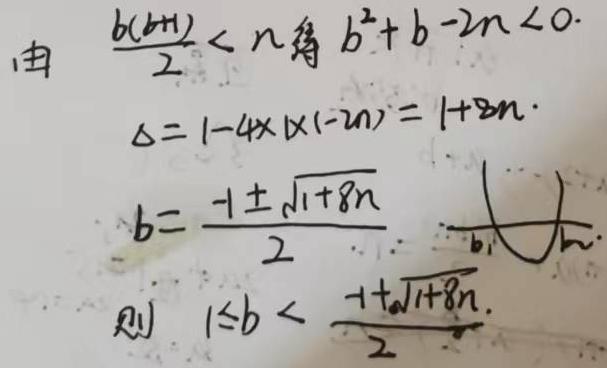
由 $\frac{b(b + 1)}{2}<n$ 得 $b^{2}+b - 2n<0$.
$\Delta=1 - 4\times1\times(-2n)=1 + 8n$.
$b=\frac{-1\pm\sqrt{1 + 8n}}{2}$.
则 $1\leq b<\frac{-1+\sqrt{1 + 8n}}{2}$.